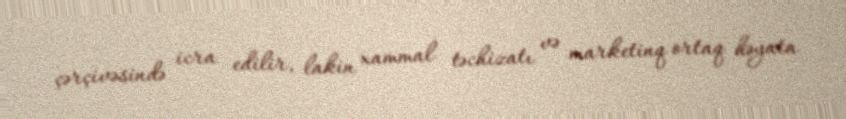
çərçivəsində icra edilir, lakin xammal təchizatı və marketinq ortaq həyata